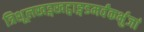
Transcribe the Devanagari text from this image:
त्रिशूलखड्गखट्वाङ्गडमर्वंकर्भुजां